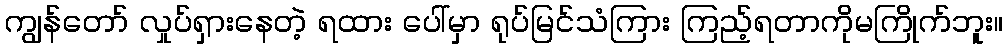
ကျွန်တော် လှုပ်ရှားနေတဲ့ ရထား ပေါ်မှာ ရုပ်မြင်သံကြား ကြည့်ရတာကိုမကြိုက်ဘူး။